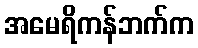
အမေရိကန်ဘက်က